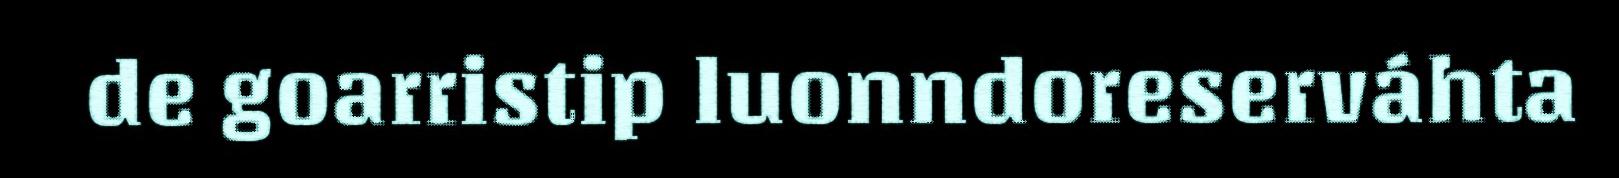
de goarristip luonndoreserváhta